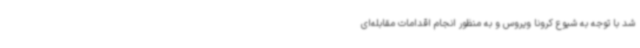
شد با توجه به شیوع کرونا ویروس و به منظور انجام اقدامات مقابله‌ای